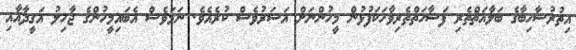
އިތުރުސާހިބާގެ ބަލާޣަތްތެރި ފަސާހަތްތެރިވާހަކަފުޅުން މީހުންނަށް އަސަރުވެސް ކުރެއެވެ. ނަމަވެސް އެބައިމީހުންގެ ޖާހިލު އަޤީދާއާއި